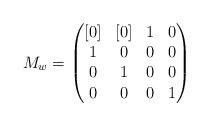
LaTeX: \begin{align*}M_w=\begin{pmatrix}[0]&[0]&1&0\\1&0&0&0\\0&1&0&0\\0&0&0&1\end{pmatrix}\end{align*}